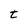
Character: t